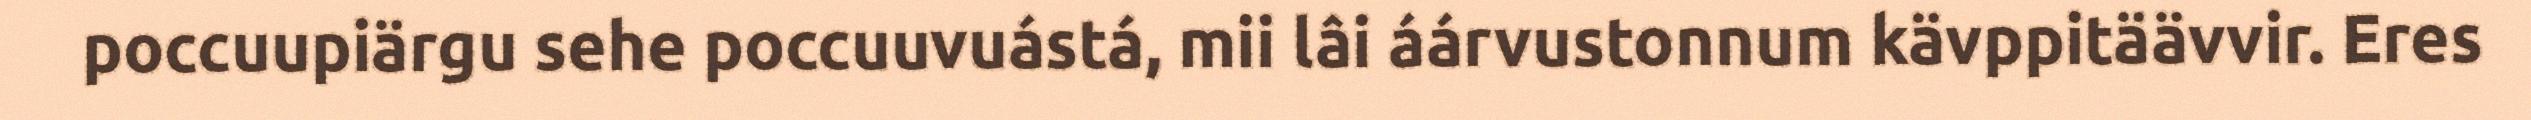
poccuupiärgu sehe poccuuvuástá, mii lâi áárvustonnum kävppitäävvir. Eres